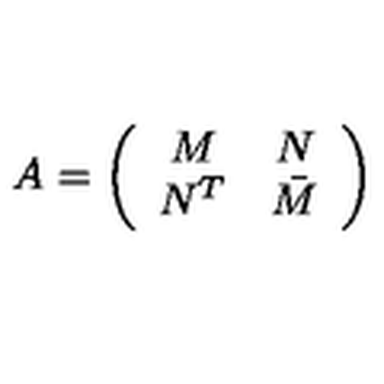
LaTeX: A = \left( \begin{array} { c c } { M } & { N } \\ { N ^ { T } } & { \bar { M } } \\ \end{array} \right)